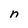
Character: n